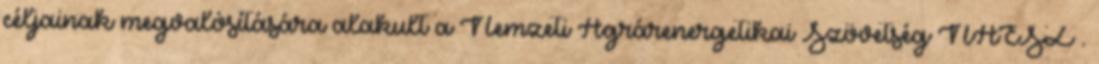
céljainak megvalósítására alakult a Nemzeti Agrárenergetikai Szövetség NAESZ .